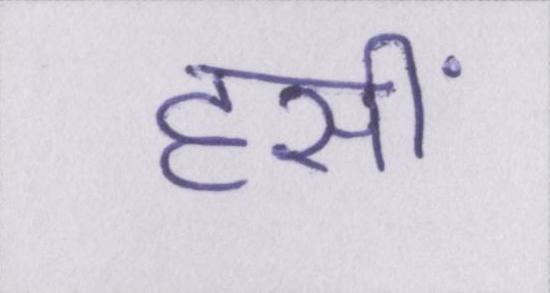
हसीं